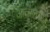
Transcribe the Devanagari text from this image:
आत्मानज़ाई